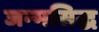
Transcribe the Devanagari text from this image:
जन्‍मसिद्ध